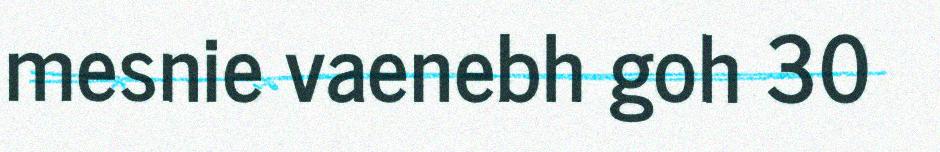
mesnie vaenebh goh 30